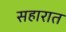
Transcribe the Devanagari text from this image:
सहारात